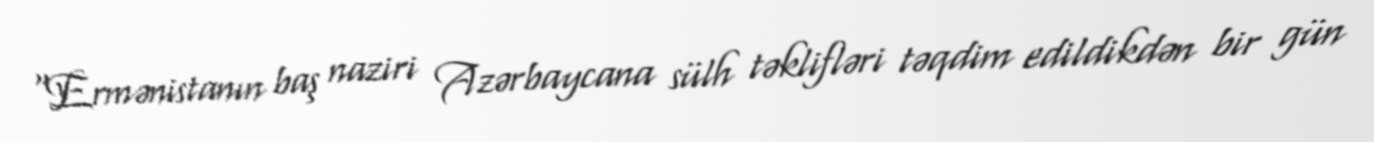
“Ermənistanın baş naziri Azərbaycana sülh təklifləri təqdim edildikdən bir gün